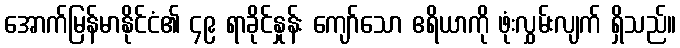
အောက်မြန်မာနိုင်ငံ၏ ၄၉ ရာခိုင်နှုန်း ကျော်သော ဧရိယာကို ဖုံးလွှမ်းလျက် ရှိသည်။